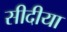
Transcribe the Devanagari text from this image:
सीदीया